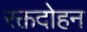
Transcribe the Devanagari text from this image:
रक्तदोहन